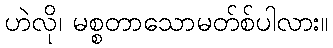
ဟဲလို၊ မစ္စတာသောမတ်စ်ပါလား။